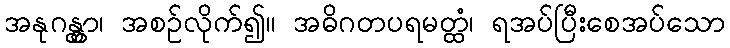
အနုဂန္တွာ၊ အစဉ်လိုက်၍။ အဓိဂတပရမတ္ထံ၊ ရအပ်ပြီးစေအပ်သော